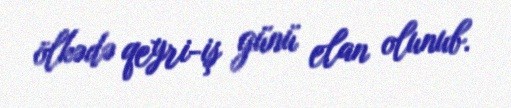
ölkədə qeyri-iş günü elan olunub.